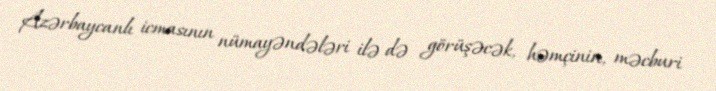
Azərbaycanlı icmasının nümayəndələri ilə də görüşəcək, həmçinin, məcburi